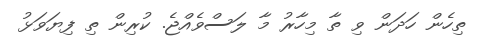
ތިހެން ހަދަން ވި ތާ މިހާރު މާ ލަސްވެއްޖެ. ކުރިން ތި ފިޔަވަޅު